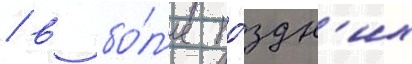
/ в бо́л'ее по́здн'их